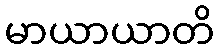
မာယာယာတိ